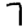
Digit: 7